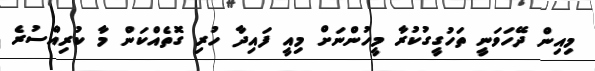
މިއިން ދޭހަވަނީ ތަހުގީގުކުރާ މީހުންނަށް މިއީ ފައިދާ ހުރި ގޮތެއްކަން މާ ކުރިއްސުރެ